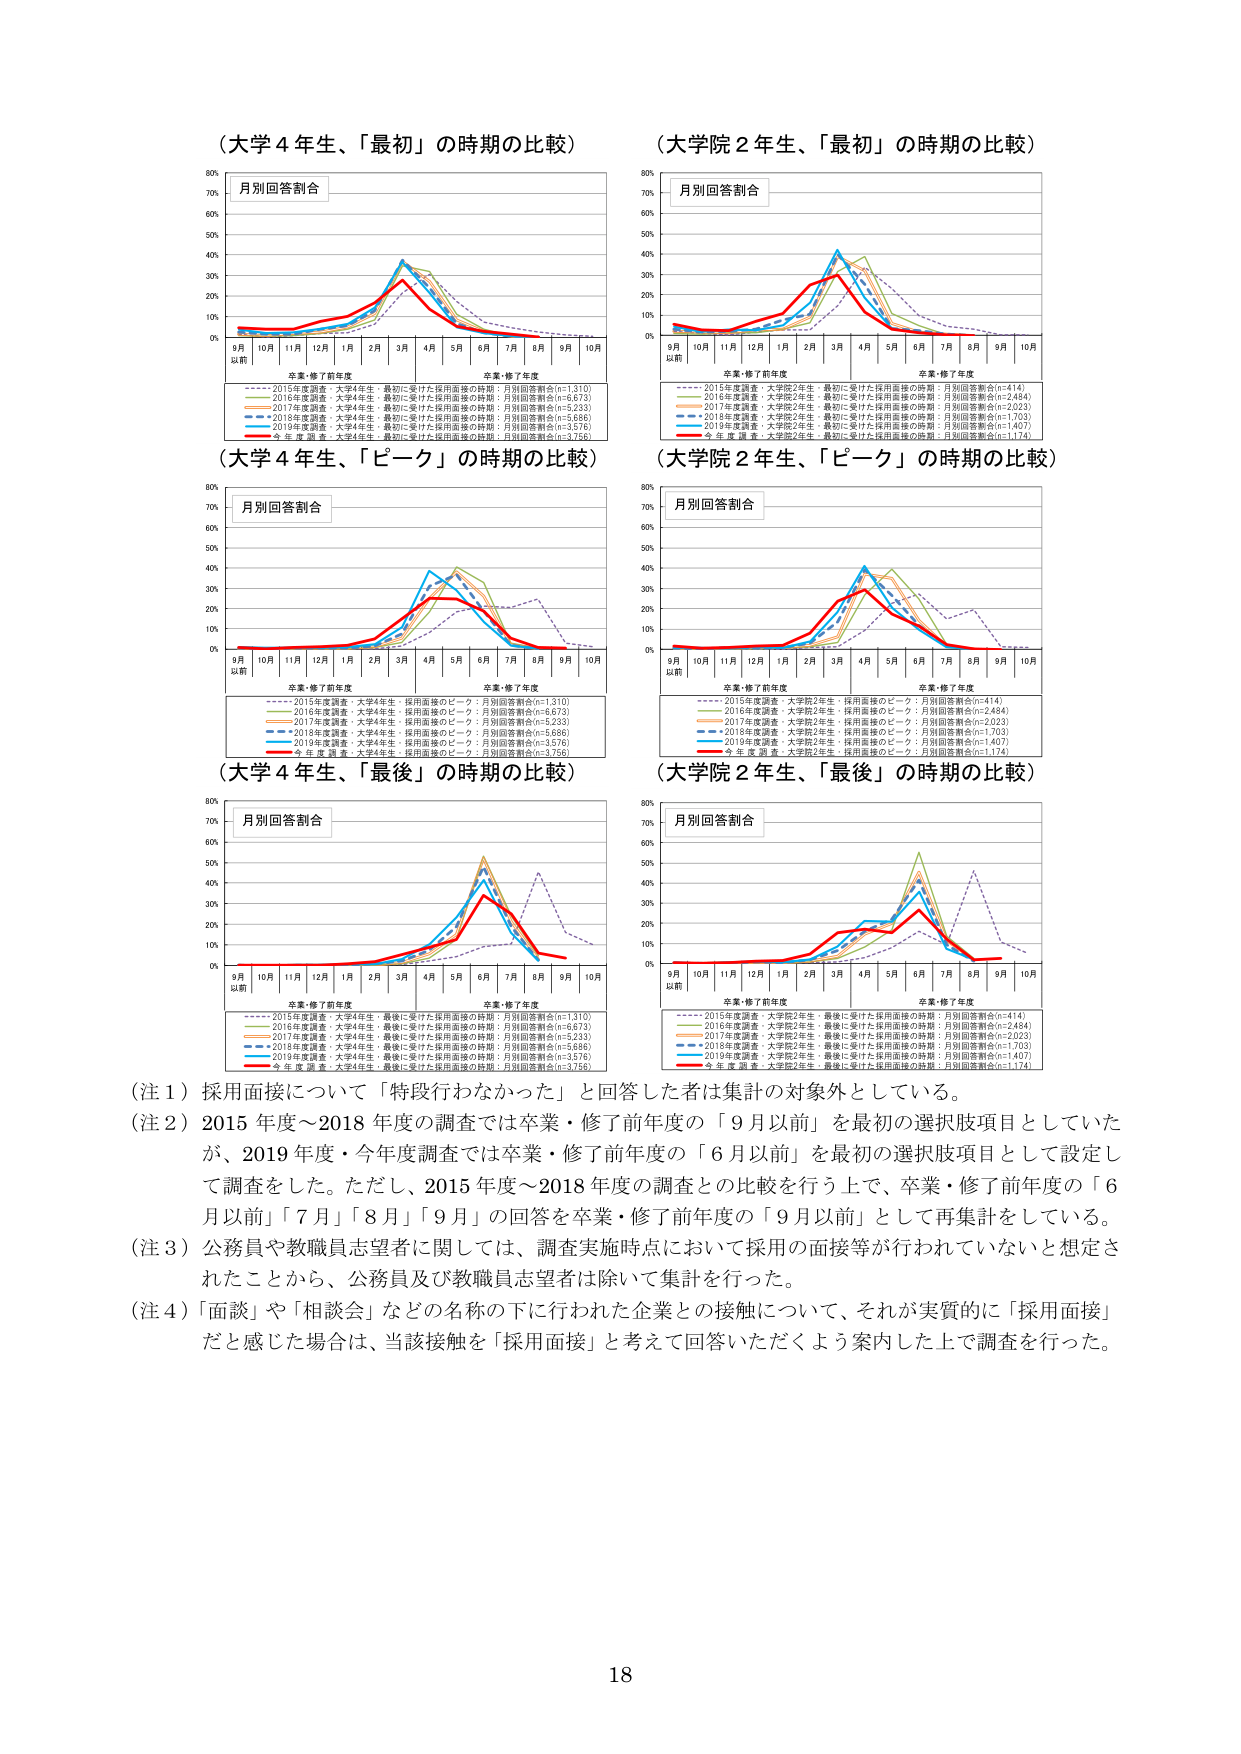
（大学４年生、「最初」の時期の比較）
月別回答割合
9月 10月 11月 12月 1月 2月 3月 4月 5月 6月 7月 8月 9月 10月
卒業・修了前年度 卒業・修了年度
2015年度調査・大学4年生・最初に受けた採用面接の時期：月別回答割合(n=1,310)
2016年度調査・大学4年生・最初に受けた採用面接の時期：月別回答割合(n=6,673)
2017年度調査・大学4年生・最初に受けた採用面接の時期：月別回答割合(n=5,233)
2018年度調査・大学4年生・最初に受けた採用面接の時期：月別回答割合(n=5,686)
2019年度調査・大学4年生・最初に受けた採用面接の時期：月別回答割合(n=3,576)
今年度調査・大学4年生・最初に受けた採用面接の時期：月別回答割合(n=3,756)

（大学院２年生、「最初」の時期の比較）
月別回答割合
9月 10月 11月 12月 1月 2月 3月 4月 5月 6月 7月 8月 9月 10月
卒業・修了前年度 卒業・修了年度
2015年度調査・大学院2年生・最初に受けた採用面接の時期：月別回答割合(n=414)
2016年度調査・大学院2年生・最初に受けた採用面接の時期：月別回答割合(n=2,484)
2017年度調査・大学院2年生・最初に受けた採用面接の時期：月別回答割合(n=2,023)
2018年度調査・大学院2年生・最初に受けた採用面接の時期：月別回答割合(n=1,703)
2019年度調査・大学院2年生・最初に受けた採用面接の時期：月別回答割合(n=1,407)
今年度調査・大学院2年生・最初に受けた採用面接の時期：月別回答割合(n=1,174)

（大学４年生、「ピーク」の時期の比較）
月別回答割合
9月 10月 11月 12月 1月 2月 3月 4月 5月 6月 7月 8月 9月 10月
卒業・修了前年度 卒業・修了年度
2015年度調査・大学4年生・採用面接のピーク：月別回答割合(n=1,310)
2016年度調査・大学4年生・採用面接のピーク：月別回答割合(n=6,673)
2017年度調査・大学4年生・採用面接のピーク：月別回答割合(n=5,233)
2018年度調査・大学4年生・採用面接のピーク：月別回答割合(n=5,686)
2019年度調査・大学4年生・採用面接のピーク：月別回答割合(n=3,576)
今年度調査・大学4年生・採用面接のピーク：月別回答割合(n=3,756)

（大学院２年生、「ピーク」の時期の比較）
月別回答割合
9月 10月 11月 12月 1月 2月 3月 4月 5月 6月 7月 8月 9月 10月
卒業・修了前年度 卒業・修了年度
2015年度調査・大学院2年生・採用面接のピーク：月別回答割合(n=414)
2016年度調査・大学院2年生・採用面接のピーク：月別回答割合(n=2,484)
2017年度調査・大学院2年生・採用面接のピーク：月別回答割合(n=2,023)
2018年度調査・大学院2年生・採用面接のピーク：月別回答割合(n=1,703)
2019年度調査・大学院2年生・採用面接のピーク：月別回答割合(n=1,407)
今年度調査・大学院2年生・採用面接のピーク：月別回答割合(n=1,174)

（大学４年生、「最後」の時期の比較）
月別回答割合
9月 10月 11月 12月 1月 2月 3月 4月 5月 6月 7月 8月 9月 10月
卒業・修了前年度 卒業・修了年度
2015年度調査・大学4年生・最後に受けた採用面接の時期：月別回答割合(n=1,310)
2016年度調査・大学4年生・最後に受けた採用面接の時期：月別回答割合(n=6,673)
2017年度調査・大学4年生・最後に受けた採用面接の時期：月別回答割合(n=5,233)
2018年度調査・大学4年生・最後に受けた採用面接の時期：月別回答割合(n=5,686)
2019年度調査・大学4年生・最後に受けた採用面接の時期：月別回答割合(n=3,576)
今年度調査・大学4年生・最後に受けた採用面接の時期：月別回答割合(n=3,756)

（大学院２年生、「最後」の時期の比較）
月別回答割合
9月 10月 11月 12月 1月 2月 3月 4月 5月 6月 7月 8月 9月 10月
卒業・修了前年度 卒業・修了年度
2015年度調査・大学院2年生・最後に受けた採用面接の時期：月別回答割合(n=414)
2016年度調査・大学院2年生・最後に受けた採用面接の時期：月別回答割合(n=2,484)
2017年度調査・大学院2年生・最後に受けた採用面接の時期：月別回答割合(n=2,023)
2018年度調査・大学院2年生・最後に受けた採用面接の時期：月別回答割合(n=1,703)
2019年度調査・大学院2年生・最後に受けた採用面接の時期：月別回答割合(n=1,407)
今年度調査・大学院2年生・最後に受けた採用面接の時期：月別回答割合(n=1,174)

（注１）採用面接について「特段行わなかった」と回答した者は集計の対象外としている。
（注２）2015年度～2018年度の調査では卒業・修了前年度の「9月以前」を最初の選択肢項目としていたが、2019年度・今年度調査では卒業・修了前年度の「6月以前」を最初の選択肢項目として設定して調査をした。ただし、2015年度～2018年度の調査との比較を行う上で、卒業・修了前年度の「6月以前」「7月」「8月」「9月」の回答を卒業・修了前年度の「9月以前」として再集計をしている。
（注３）公務員や教職員志望者に関しては、調査実施時点において採用の面接等が行われていないと想定されたことから、公務員及び教職員志望者は除いて集計を行った。
（注４）「面談」や「相談会」などの名称の下に行われた企業との接触について、それが実質的に「採用面接」だと感じた場合は、当該接触を「採用面接」と考えて回答いただくよう案内した上で調査を行った。

18